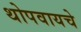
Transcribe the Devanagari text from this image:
थोपवायचे